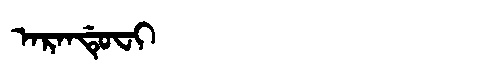
Manchu: ᠠᡵᠠᠨᡩᡠᠸᡳ
Romanization: ARANDUFI